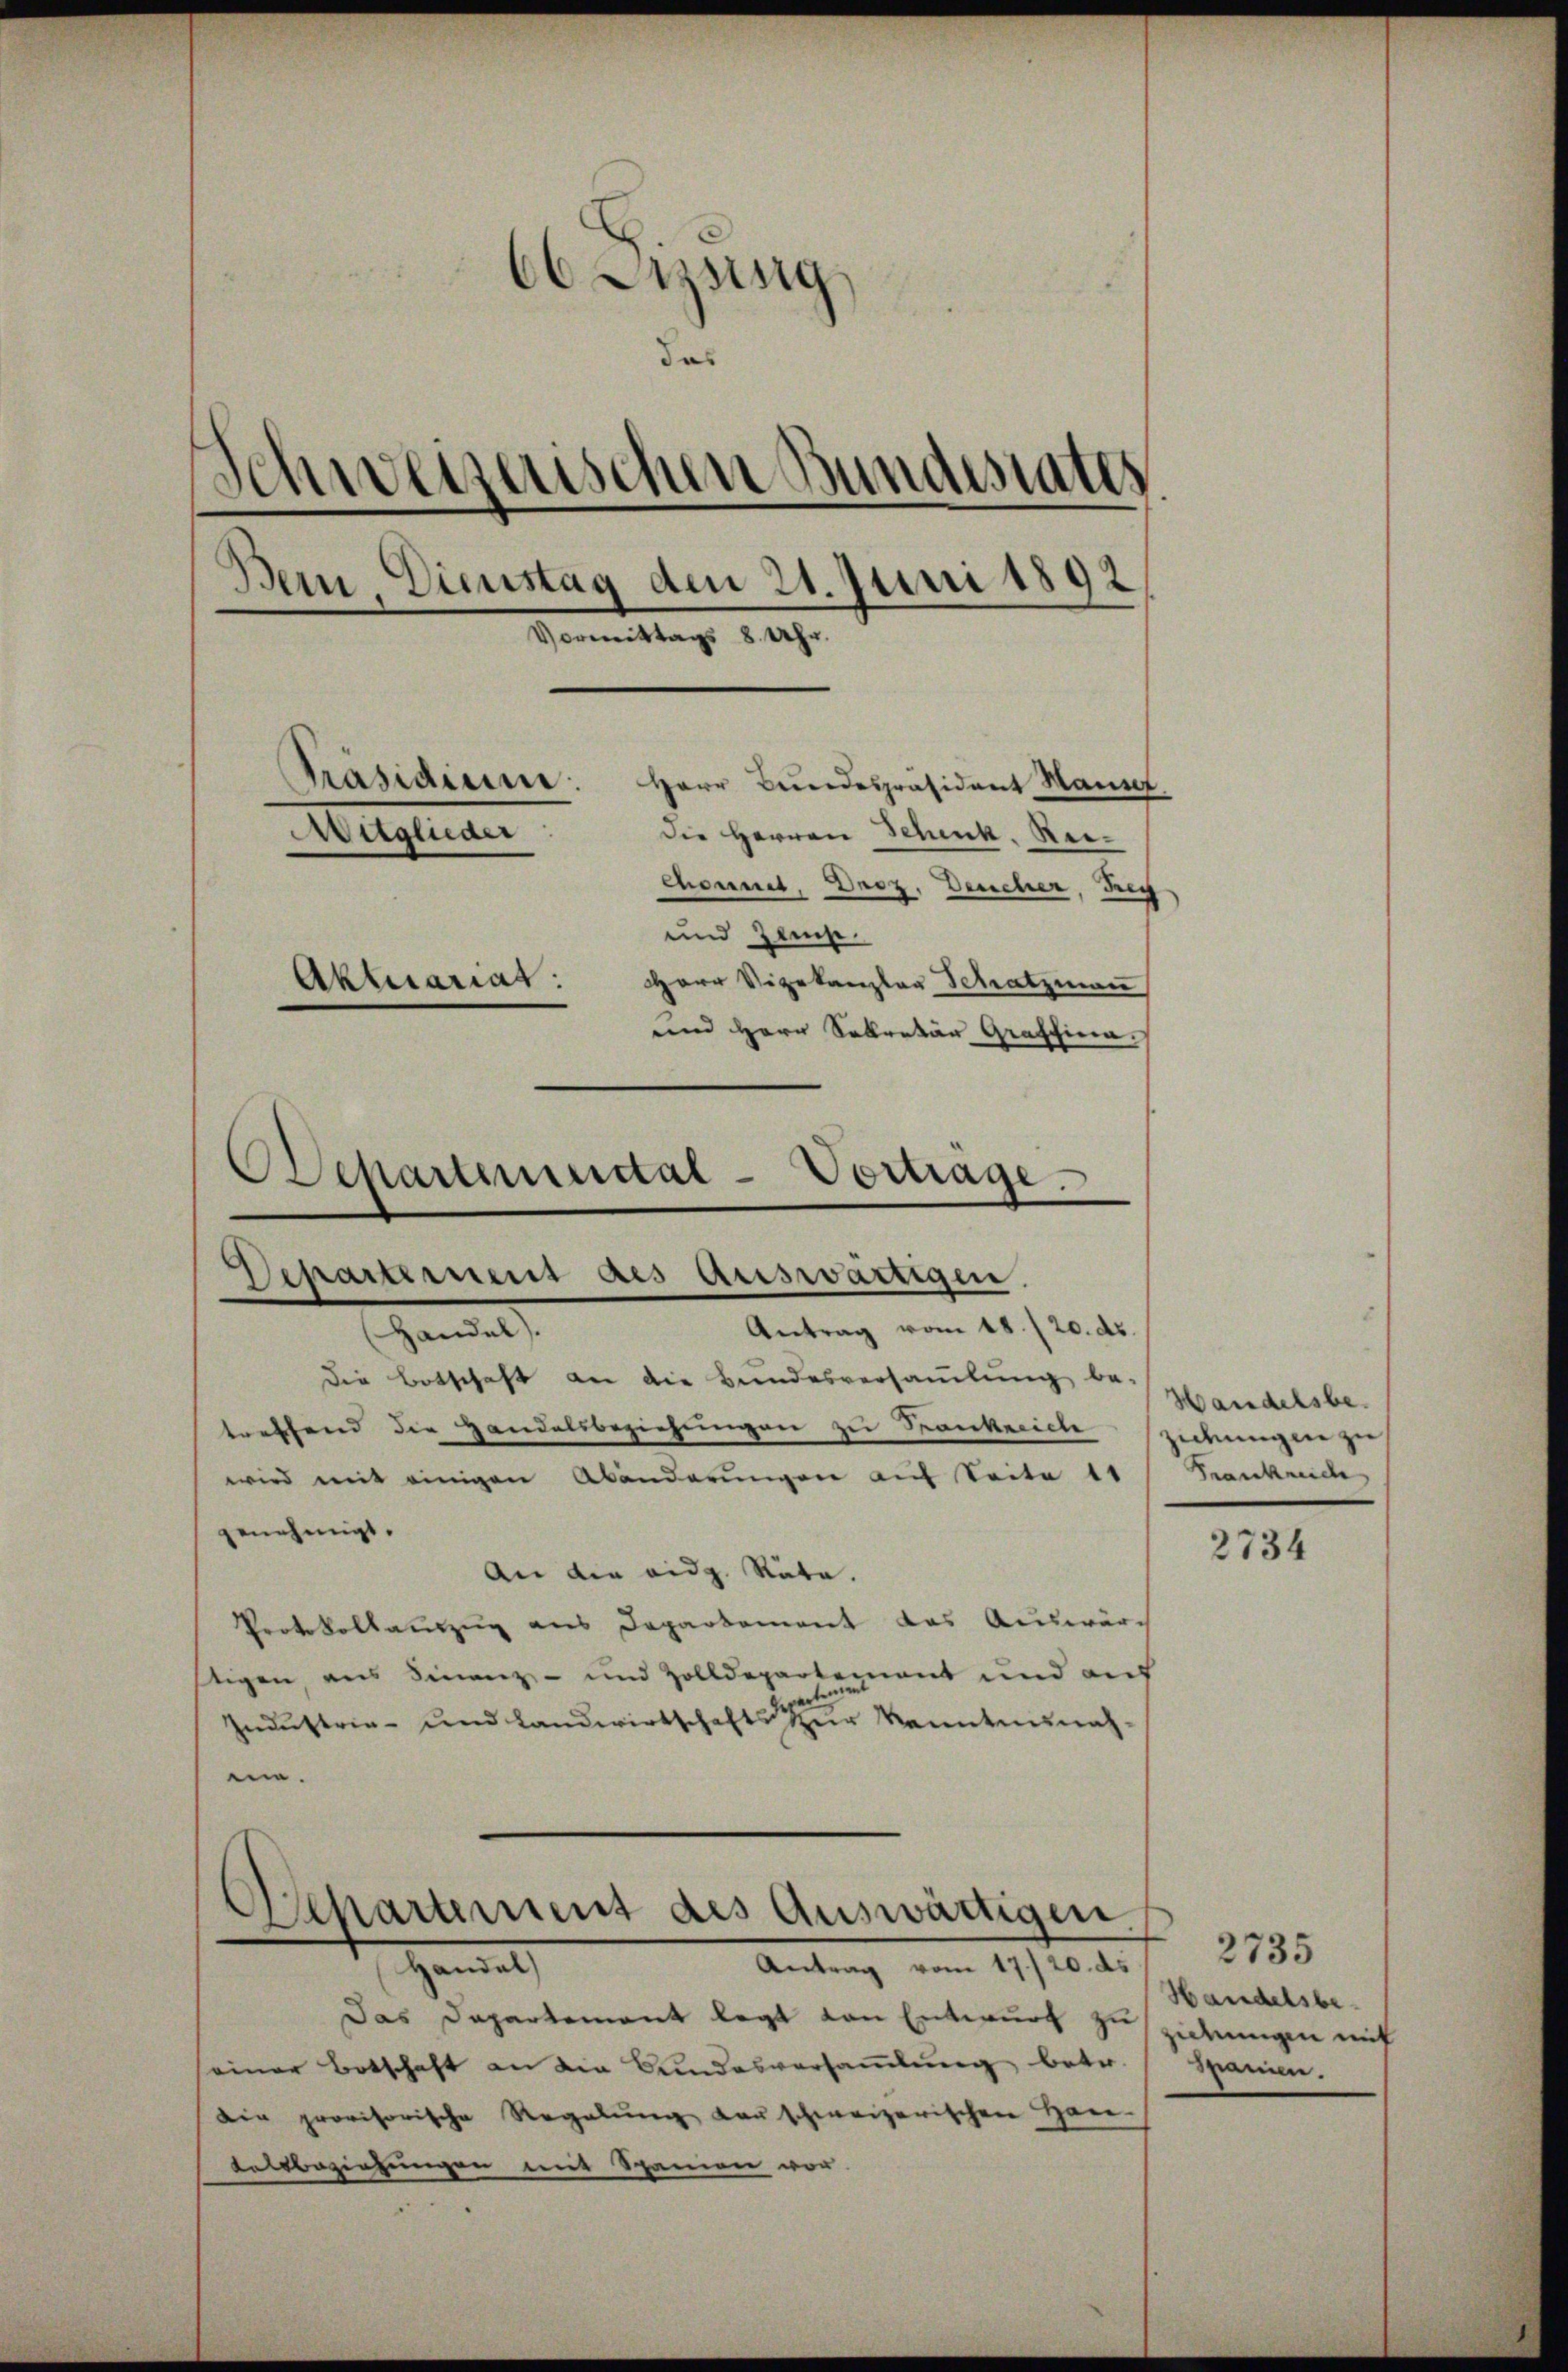
Czsing
das
Schweizerischen Bundesrates
Bern, Dienstag den 21. Juni 1892
Vormittags 8 Uhr.
Präsidium. Herr Bundespräsident Manne
die Herren Schenk, Rei¬
Mitglieder
Chonnet, Droz. Deucher, Frey
und Zeuge
HHerr Vizekanzler Schatzman
Aktuariat:

Odepartenstal-Vortrage.
chartement des auswärtigen.

Antrag vom 18./20. ds
Ganel
Die Botschaft an die Bundesversamlung be-
treffend die Handelsbeziehungen zu Krankecicte zickungler zu
wird mit einigen Abänderungen auf Seite 11
genehmigt.
An die eidg. Räte.
Protokollauszug aus Departement das Auswärch
tigen aus Finanz- und Zolldepartement und auf
ert
Industria- und Landwirtschafts zŭr kanntnisnah-
me.

Departement des Auswärtigen
Hemat

und Herr Sekretär Graffina

Antrag vom 17./20. ds
Das Departement legt von Entwurf zu
einer Botschaft an die Sundesversammlung, betr.
Die provisorische Regelung der schweizerischen Han-
Felsbeziehungen mit Spanien vor

Handelsbe
Frankreic

2734

2735
Handelsbe-
sidungen mit
Spanien.